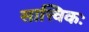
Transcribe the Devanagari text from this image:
सात्त्विकः